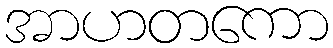
အာဟတကော